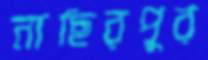
নাছিরপুর